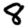
Digit: 8